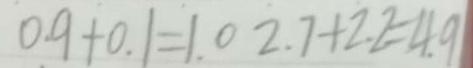
0 . 9 + 0 . 1 = 1 . 0 2 . 7 + 2 . 2 = 4 . 9